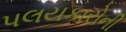
પલયકારોની